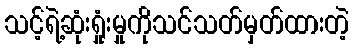
သင့်ရဲ့ဆုံးရှုံးမှုကိုသင်သတ်မှတ်ထားတဲ့